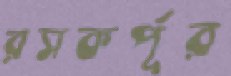
রসকর্পূর